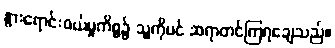
နွားရောင်းဝယ်မှုကိစ္စ၌ သူ့ကိုပင် ဆရာတင်ကြရချေသည်။